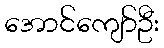
အောင်ကျော်ဦး